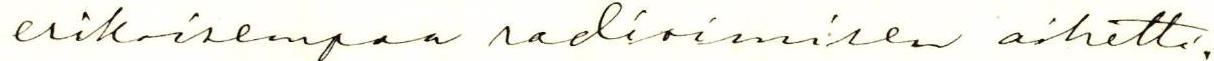
erikoisempaa radioimisen aihetta.